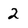
Character: 2